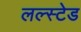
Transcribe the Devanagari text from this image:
लल्स्टेड